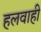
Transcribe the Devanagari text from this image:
हलवाही